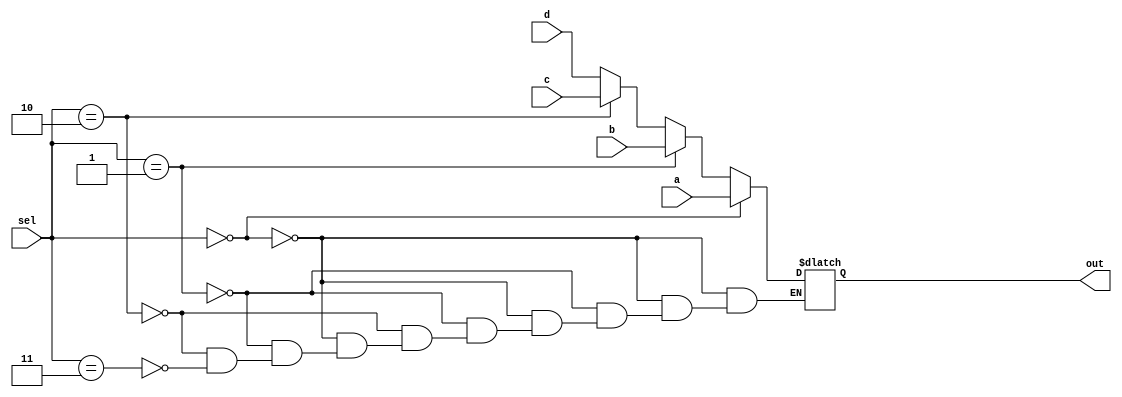
`timescale 1ns / 1ps

module mux4x1  #(parameter x = 32)(a, b, c, d, sel, out);
	input [x-1:0] a;
	input [x-1:0] b;
	input [x-1:0] c;
	input [x-1:0] d;
	input [1:0] sel;
	output reg [x-1:0] out;

	always @(a, b, c, d, sel)
	begin
		if(sel == 0)
			out = a;
		else if(sel == 1)
			out = b;
		else if (sel == 2)
			out = c;
		else if (sel == 3)
			out = d;
	end

/*
	always@(sel)
	begin
		case(sel)
			2'b00:
				out <= a;
			2'b01:
				out <= b;
			2'b10:
				out <= c;
			2'b11:
				out <= d;
		endcase
	end
*/

endmodule